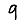
Digit: 9